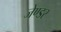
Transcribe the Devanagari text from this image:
जेण्डर